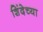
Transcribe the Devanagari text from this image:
शिंदेच्या